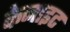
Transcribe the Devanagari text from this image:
केनाइट